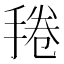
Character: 𱠔